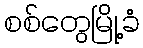
စစ်တွေမြို့ခံ